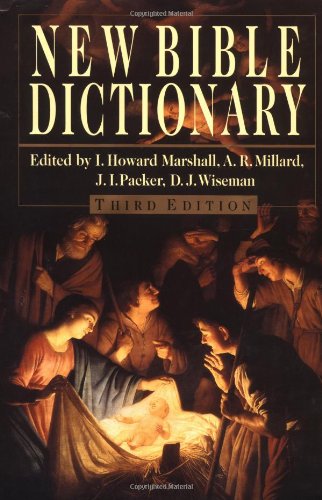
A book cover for New Bible Dictionary; Christian Books & Bibles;